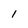
Character: l